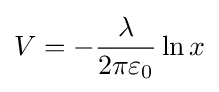
V=-{\frac {\lambda }{2\pi \varepsilon _{0}}}\ln x